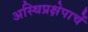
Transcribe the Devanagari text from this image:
अस्थिप्रक्षेपाचें